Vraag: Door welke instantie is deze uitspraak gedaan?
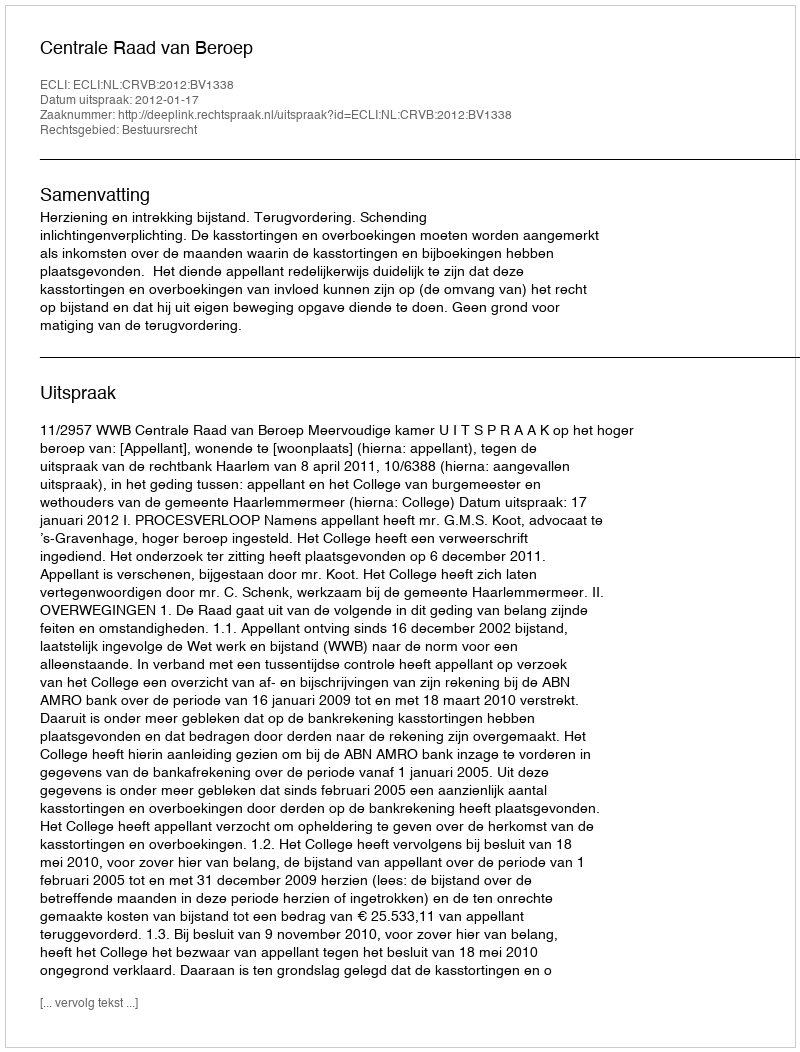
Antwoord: Centrale Raad van Beroep